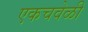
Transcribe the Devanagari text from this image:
एकचवेळी